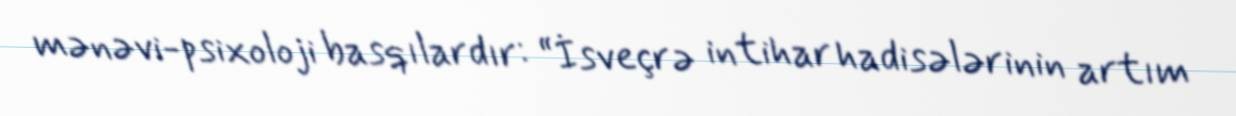
mənəvi-psixoloji basqılardır: “İsveçrə intihar hadisələrinin artım